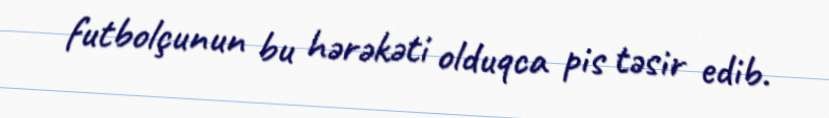
futbolçunun bu hərəkəti olduqca pis təsir edib.